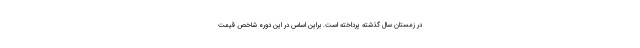
در زمستان سال گذشته پرداخته است. براین اساس در این دوره شاخص قیمت